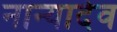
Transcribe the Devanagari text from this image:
नान्यादेव